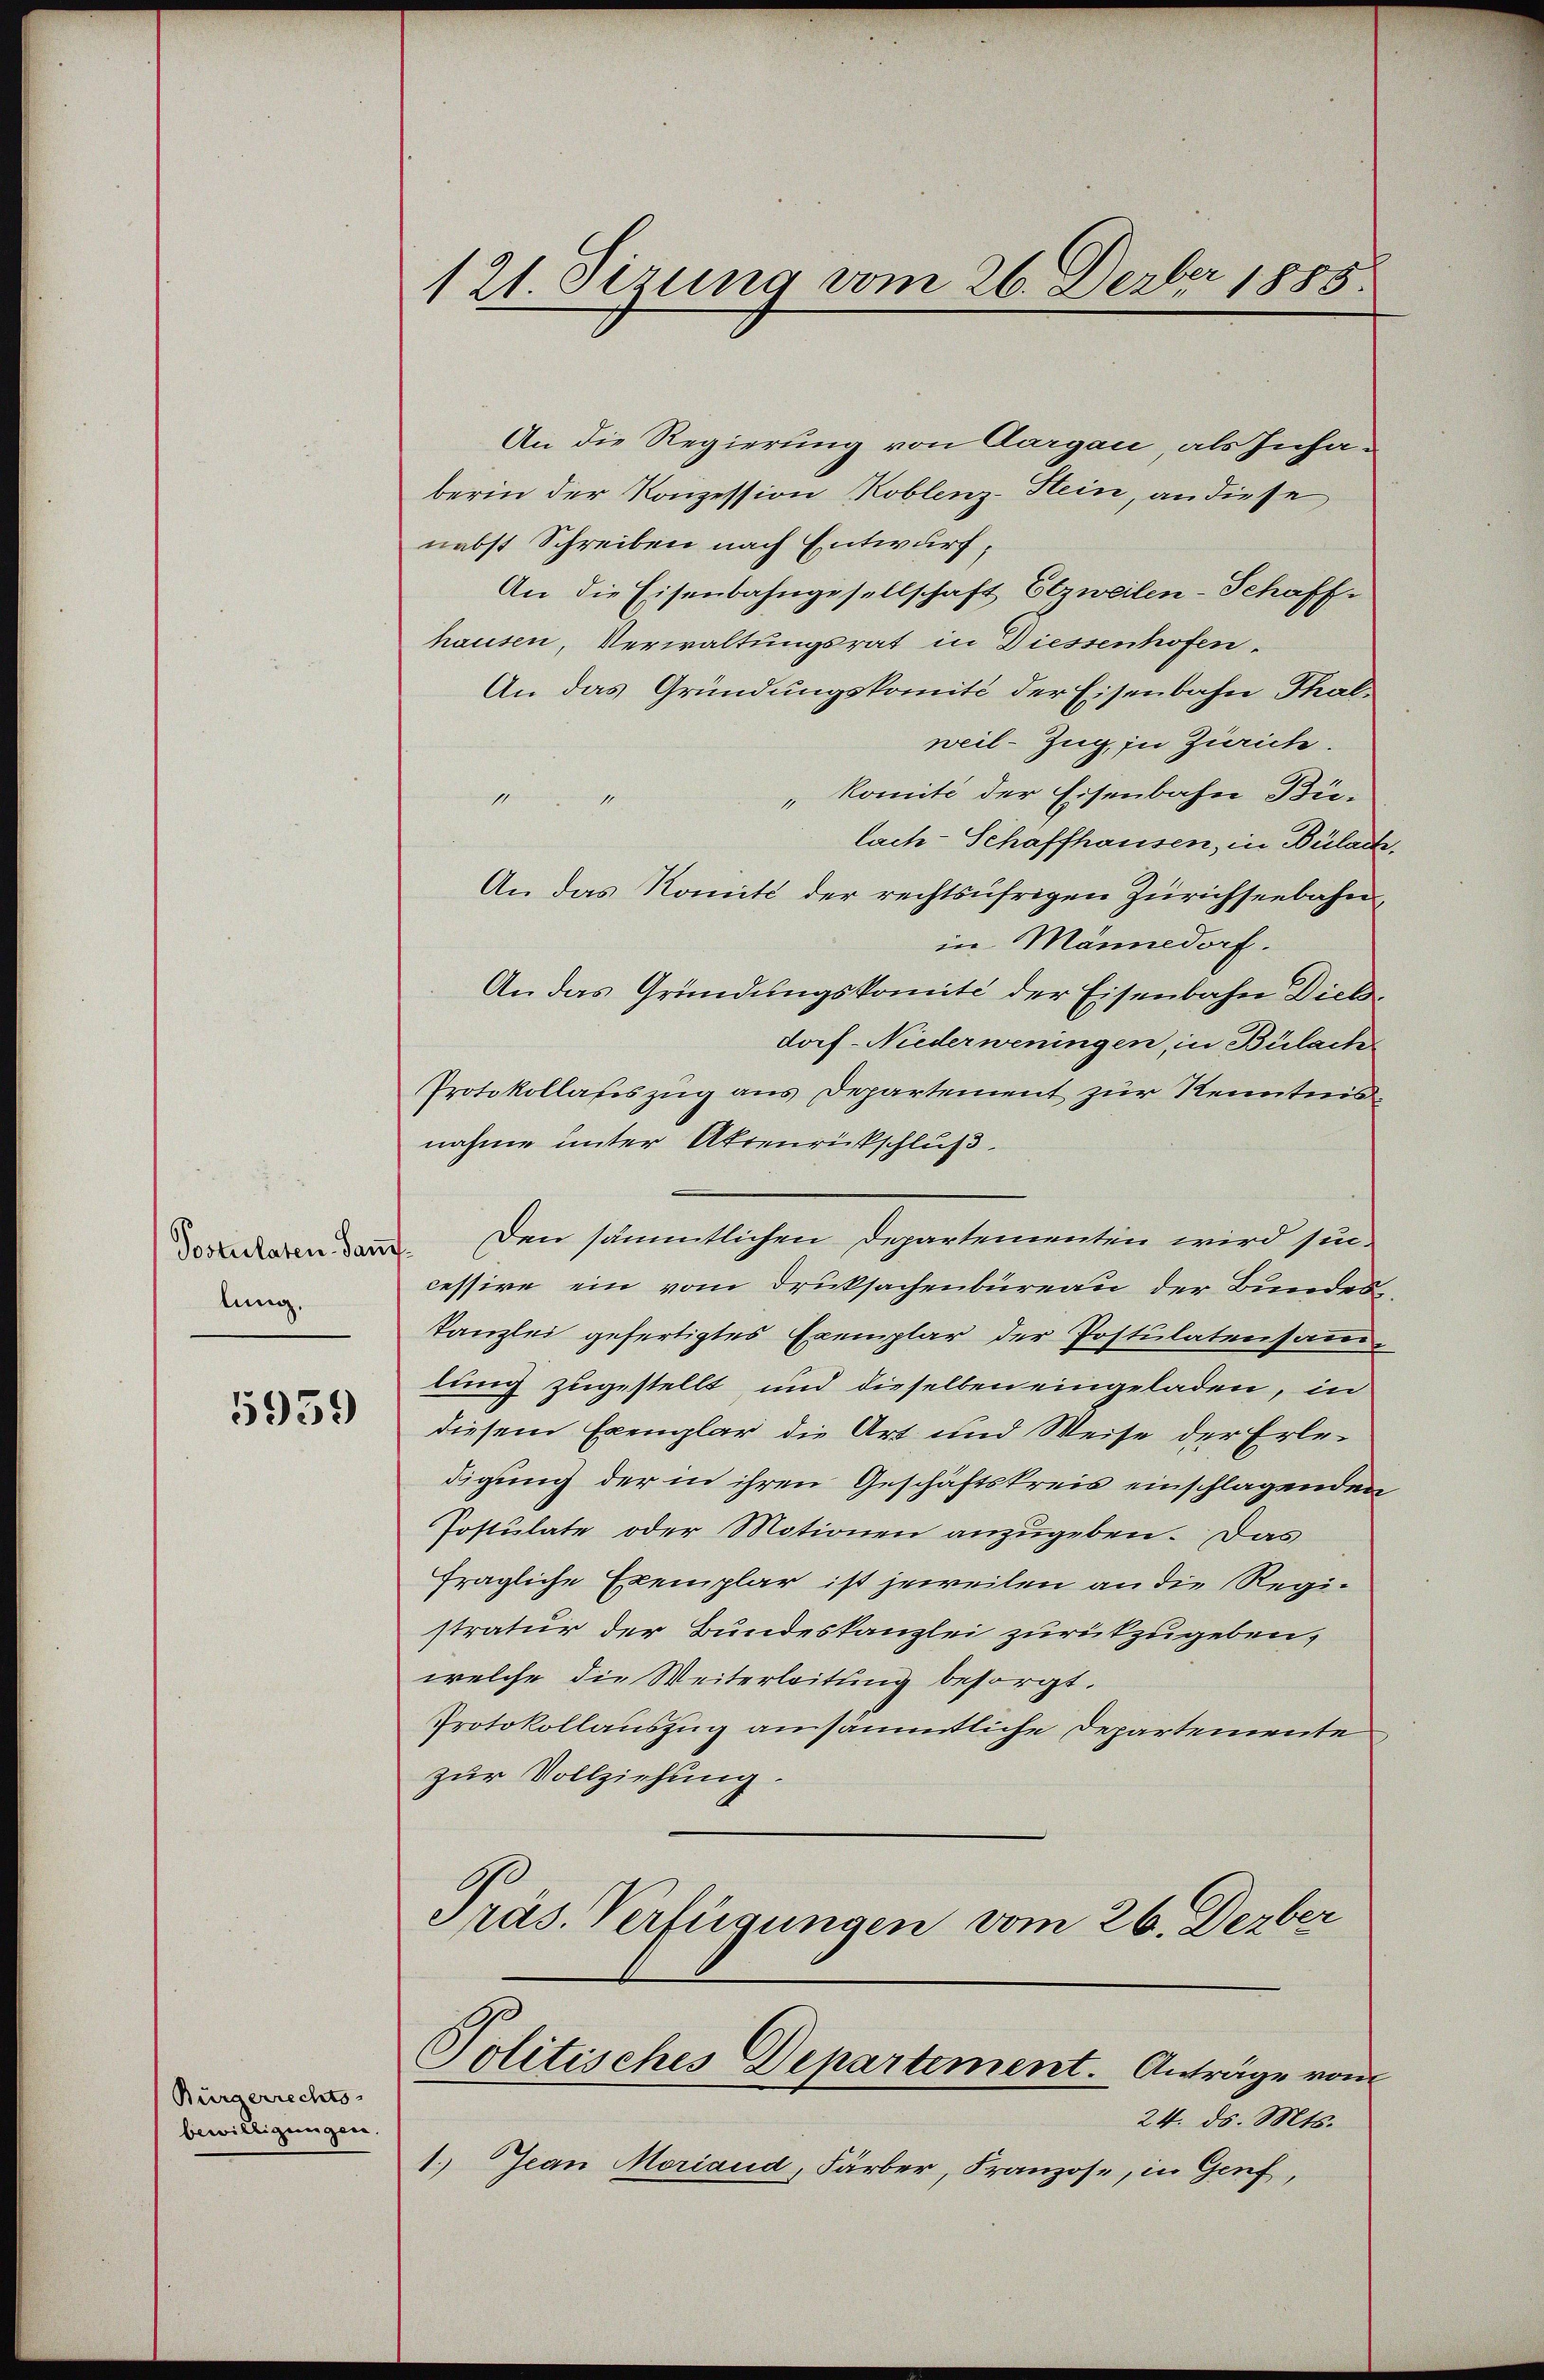
Postulaten Samlung.

5939

Bürgerrechts-
bewilligungen.

121. Sezung vom 26. Dezber 1888

An die Regierung von Aargau, als Inhaberin der Konzession Koblenz-Stein, an diese
nebst Schreiben nach Entwurf,
An die Eisenbahngesellschaft Elzweilen-Schaffhausen, Verwaltungsrat in Diessenhofen.
An das Gründungskomité der Eisenbahn Thalweil-Zug in Zürich.
„komité der Eisenbahn Bü¬
.
lach-Schaffhausen, in Bülach.
An das Komité der rechtsufrigen Zürichseebahnin Mannedorf.
An das Gründungskomité der Eisenbahn Dielsdorf-Niederweningen, in Bülach
Protokollasiszug aus Departement zur Kenntnisnahme unter Aktenrückschluß.
Den sämmtlichen Departementen wird sie.
cessire ein vom Drucksachenbüreau der Bundes
Kanzlei gefertigtes Exemplar der Postulatensammlung zugestellt und dieselben eingeladen, in
diesem Exemplar die Art und Weise der Erledigung der in ihren Geschäftskreis einschlagenden
Postulate oder Motionen anzugeben. Das
fragliche Exemplar ist jeweilen an die Registratur der Bundeskanzlei zurükzugeben,
welche die Weiterleitung besorgt.
Protokollauszug ansämmtliche Departemente
zur Vollziehung.
Präs. Verfügungen vom 26. Dezber
Politisches Departement. Anträge vom
24. ds. Mts.
1.) Jean Moriaud, Färber, Franzose, in Genf,

2